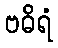
ဗဓိရံ